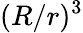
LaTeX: (R/r)^{3}